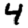
Digit: 4